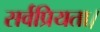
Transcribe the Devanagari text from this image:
सर्वप्रियता।